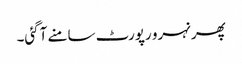
پھر نہرو رپورٹ سامنے آگئی۔